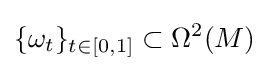
\{\omega _{t}\}_{t\in [0,1]}\subset \Omega ^{2}(M)